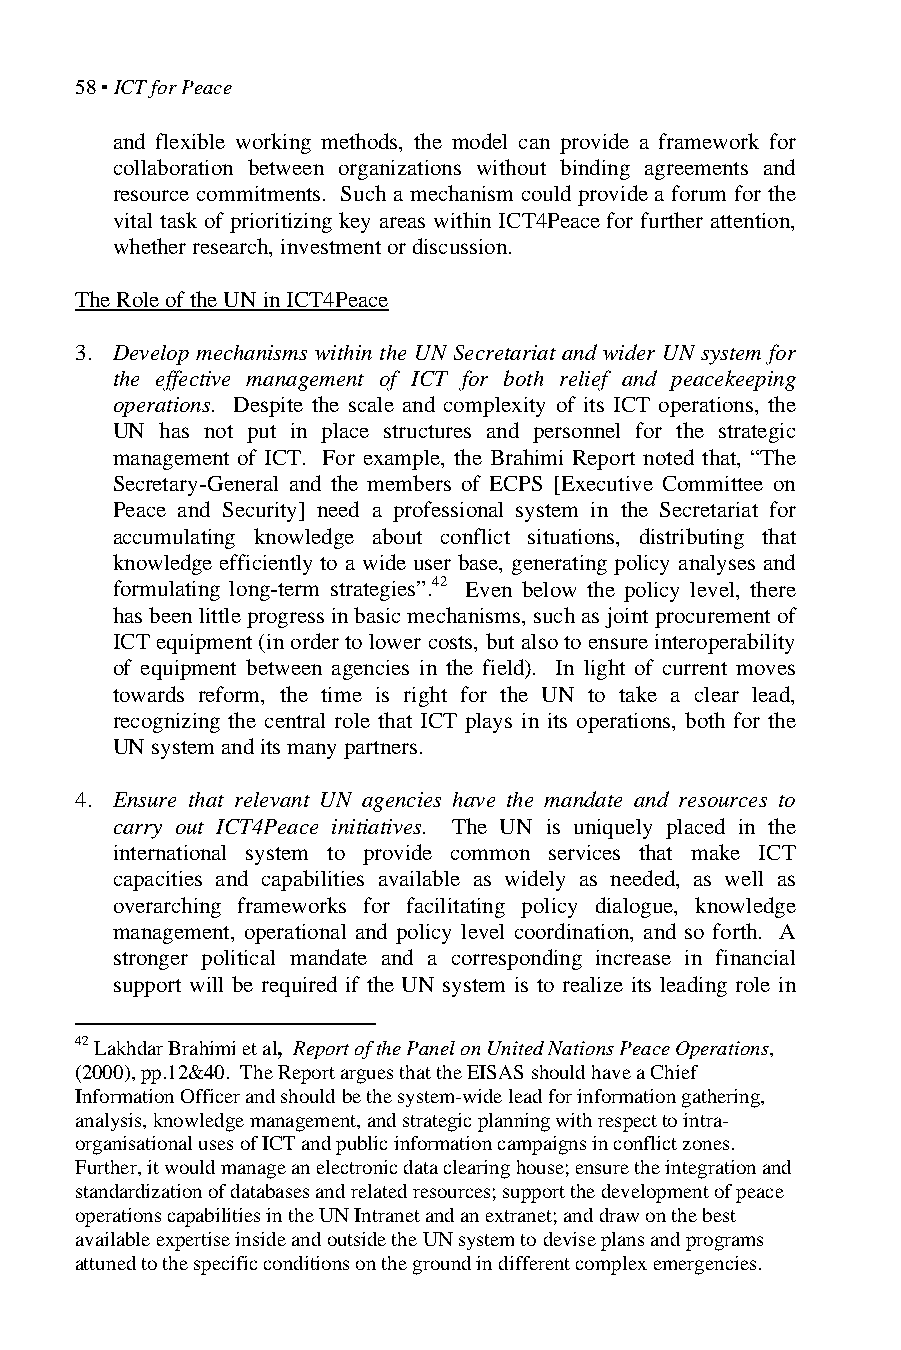
58 ▪ ICT for Peace
 and flexible working methods, the model can provide a framework for
 collaboration between organizations without binding agreements and
 resource commitments. Such a mechanism could provide a forum for the
 vital task of prioritizing key areas within ICT4Peace for further attention,
 whether research, investment or discussion.
 The Role of the UN in ICT4Peace
 3. Develop mechanisms within the UN Secretariat and wider UN system for
 the effective management of ICT for both relief and peacekeeping
 operations. Despite the scale and complexity of its ICT operations, the
 UN  has not put in place structures and personnel for the strategic
 management of ICT. For example, the Brahimi Report noted that, “The
 Secretary-General and the members of ECPS [Executive Committee on
 Peace and Security] need a professional system in the Secretariat for
 accumulating knowledge about conflict situations, distributing that
 knowledge efficiently to a wide user base, generating policy analyses and
 formulating long-term strategies”.42 Even below the policy level, there
 has been little progress in basic mechanisms, such as joint procurement of
 ICT equipment (in order to lower costs, but also to ensure interoperability
 of equipment between agencies in the field). In light of current moves
 towards reform, the time is right for the UN to take a clear lead,
 recognizing the central role that ICT plays in its operations, both for the
 UN system and its many partners.
 4. Ensure that relevant UN agencies have the mandate and resources to
 carry out ICT4Peace initiatives. The UN is uniquely placed in the
 international system to provide common services that make ICT
 capacities and capabilities available as widely as needed, as well as
 overarching frameworks for facilitating policy dialogue, knowledge
 management, operational and policy level coordination, and so forth. A
 stronger political mandate and a corresponding increase in financial
 support will be required if the UN system is to realize its leading role in
 42 Lakhdar Brahimi et al, Report of the Panel on United Nations Peace Operations,
 (2000), pp.12&40. The Report argues that the EISAS should have a Chief
 Information Officer and should be the system-wide lead for information gathering,
 analysis, knowledge management, and strategic planning with respect to intra-
 organisational uses of ICT and public information campaigns in conflict zones.
 Further, it would manage an electronic data clearing house; ensure the integration and
 standardization of databases and related resources; support the development of peace
 operations capabilities in the UN Intranet and an extranet; and draw on the best
 available expertise inside and outside the UN system to devise plans and programs
 attuned to the specific conditions on the ground in different complex emergencies.